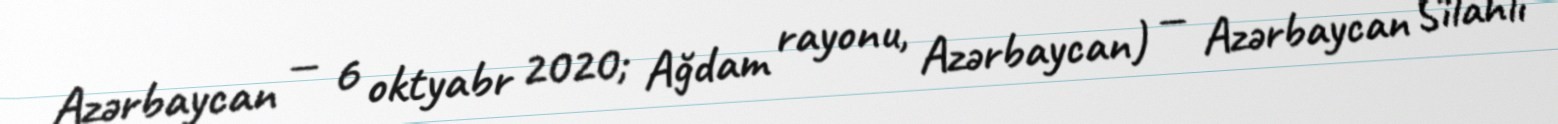
Azərbaycan — 6 oktyabr 2020; Ağdam rayonu, Azərbaycan) — Azərbaycan Silahlı